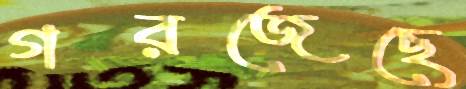
গরজেছে